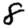
Digit: 8